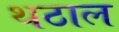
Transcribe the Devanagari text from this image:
थठाल